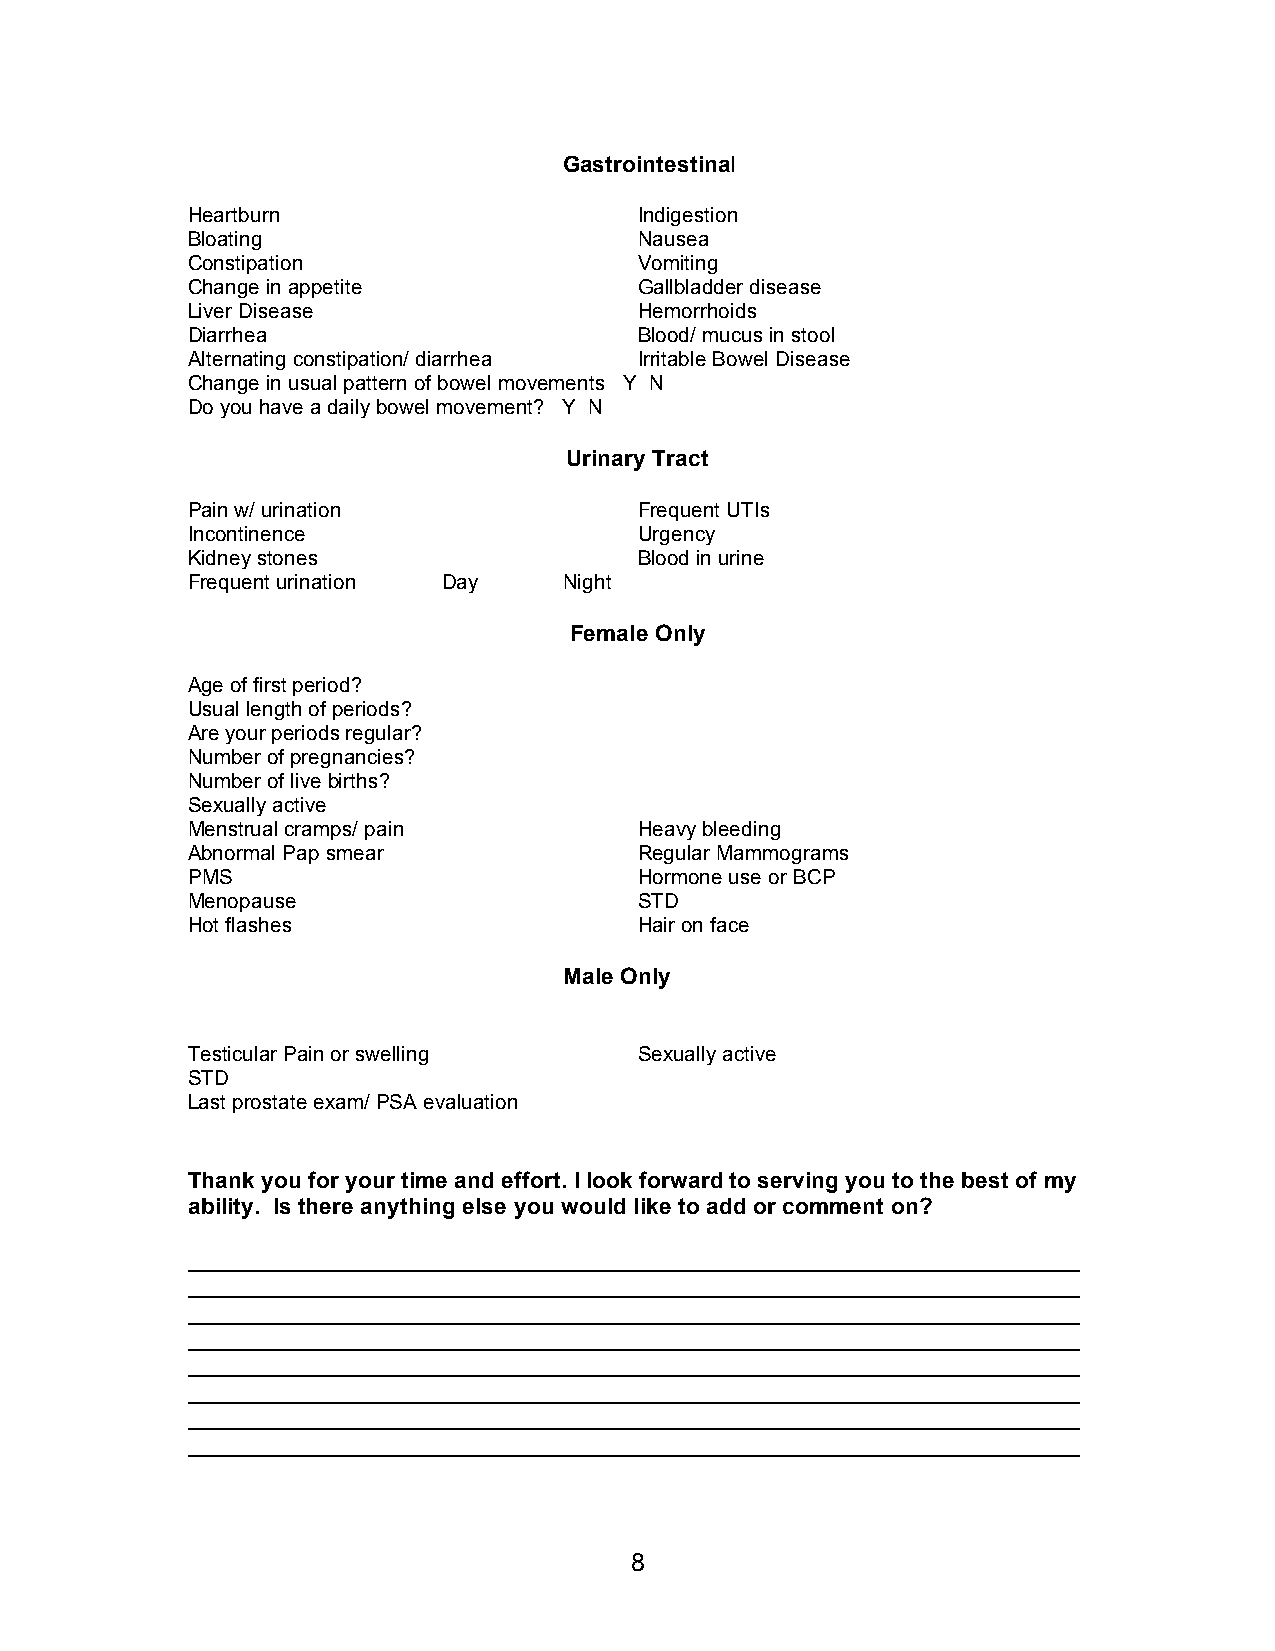
Gastrointestinal
 Heartburn                     Indigestion
 Bloating                      Nausea
 Constipation                  Vomiting
 Change in appetite            Gallbladder disease
 Liver Disease                 Hemorrhoids
 Diarrhea                      Blood/ mucus in stool
 Alternating constipation/ diarrhea Irritable Bowel Disease
 Change in usual pattern of bowel movements Y N
 Do you have a daily bowel movement? Y N
 Urinary Tract
 Pain w/ urination             Frequent UTIs
 Incontinence                  Urgency
 Kidney stones                 Blood in urine
 Frequent urination Day   Night
 Female Only
 Age of first period?
 Usual length of periods?
 Are your periods regular?
 Number of pregnancies?
 Number of live births?
 Sexually active
 Menstrual cramps/ pain        Heavy bleeding
 Abnormal Pap smear            Regular Mammograms
 PMS                           Hormone use or BCP
 Menopause                     STD
 Hot flashes                   Hair on face
 Male Only
 Testicular Pain or swelling   Sexually active
 STD
 Last prostate exam/ PSA evaluation
 Thank you for your time and effort. I look forward to serving you to the best of my
 ability. Is there anything else you would like to add or comment on?
 ______________________________________________________________________
 ______________________________________________________________________
 ______________________________________________________________________
 ______________________________________________________________________
 ______________________________________________________________________
 ______________________________________________________________________
 ______________________________________________________________________
 ______________________________________________________________________
 8